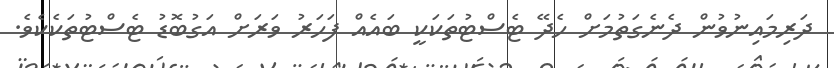
ދަރިމައިނުވުން ދެނެގަތުމަށް ހެދޭ ޓެސްޓުތަކަކީ ބައެއް ފަހަރު ވަރަށް އަގުބޮޑު ޓެސްޓުތަކެކެވެ.